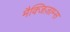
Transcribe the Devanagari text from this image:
मैक्जिज़ाम्स